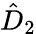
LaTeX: \hat{D}_{2}